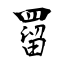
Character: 罶